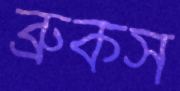
ব্রুকস